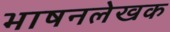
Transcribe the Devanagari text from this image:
भाषनलेखक